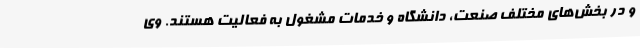
و در بخش‌های مختلف صنعت، دانشگاه و خدمات مشغول به فعالیت هستند. وی